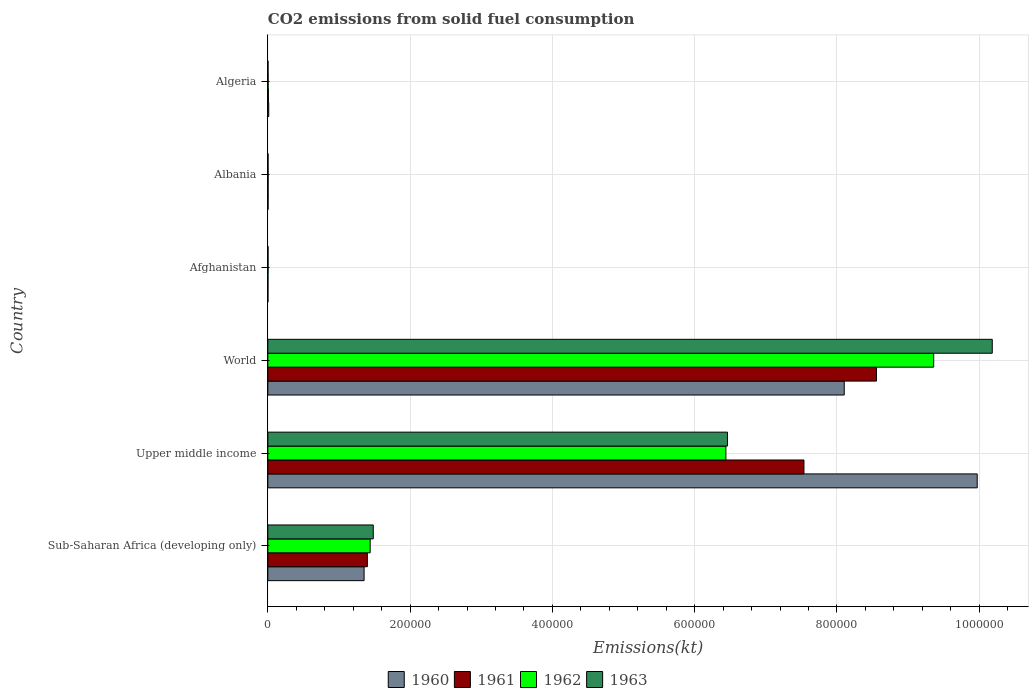
| Country | 1960 | 1961 | 1962 | 1963 |
 | --- | --- | --- | --- | --- |
 | Sub-Saharan Africa (developing only) | 1.35e+05 | 1.4e+05 | 1.44e+05 | 1.48e+05 |
 | Upper middle income | 9.97e+05 | 7.54e+05 | 6.44e+05 | 6.46e+05 |
 | World | 8.1e+05 | 8.56e+05 | 9.36e+05 | 1.02e+06 |
 | Afghanistan | 128 | 176 | 297 | 264 |
 | Albania | 326 | 323 | 363 | 282 |
 | Algeria | 1.26e+03 | 766 | 407 | 253 |